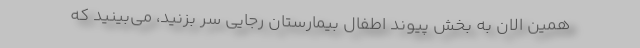
همین الان به بخش پیوند اطفال بیمارستان رجایی سر بزنید، می‌بینید که